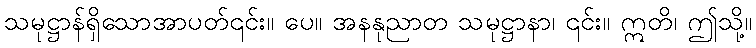
သမုဋ္ဌာန်ရှိသောအာပတ်၎င်း။ ပေ။ အနနုညာတ သမုဋ္ဌာနာ၊ ၎င်း။ ဣတိ၊ ဤသို့။